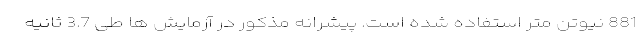
881 نیوتن متر استفاده شده است. پیشرانه مذکور در آزمایش ها طی 3.7 ثانیه